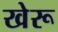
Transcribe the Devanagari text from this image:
खेरू